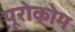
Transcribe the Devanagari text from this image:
यूरोकोम